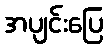
အပျင်းပြေ